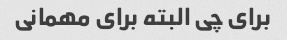
برای چی البته برای مهمانی